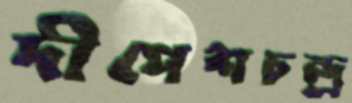
দীপেশচন্দ্র